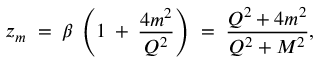
z _ { m } \; = \; \beta \: \left( 1 \: + \: \frac { 4 m ^ { 2 } } { Q ^ { 2 } } \right) \; = \; \frac { Q ^ { 2 } + 4 m ^ { 2 } } { Q ^ { 2 } + M ^ { 2 } } ,